Reports on dispensaries and lunatic asylums in the Province of Oudh - 1869-1876
Year: 1869
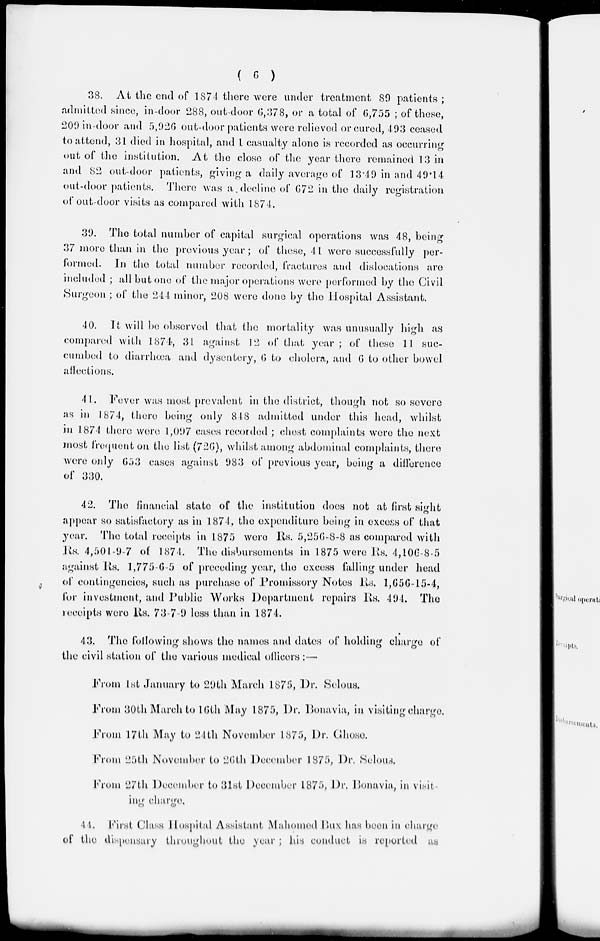
( 6 )
38. At the end of 1874 there were under treatment 89 patients ;
admitted since, in-door 288, out-door 6,378, or a total of 6,755 ; of these,
209 in-door and 5,926 out-door patients were relieved or cured, 493 ceased
to attend, 31 died in hospital, and 1 casualty alone is recorded as occurring
out of the institution. At the close of the year there remained 13 in
and 82 out-door patients, giving a daily average of 13.49 in and 49.14
out-door patients. There was a decline of 672 in the daily registration
of out-door visits as compared with 1874.
39. The total number of capital surgical operations was 48, being
37 more than in the previous year ; of these, 41 were successfully per-
formed. In the total number recorded, fractures and dislocations are
included ; all but one of the major operations were performed by the Civil
Surgeon ; of the 244 minor, 208 were done by the Hospital Assistant.
40. It will be observed that the mortality was unusually high as
compared with 1874, 31 against 12 of that year; of these 41 suc-
cumbed to diarrhœa and dysentery, 6 to cholera, and 6 to other bowel
affections.
41. Fever was most prevalent in the district, though not so severe
as in 1874, there being only 848 admitted under this head, whilst
in 1874 there were 1,097 cases recorded ; chest complaints were the next
most frequent on the list (726), whilst among abdominal complaints, there
were only 653 cases against 983 of previous year, being a difference
of 330.
42. The financial state of the institution does not at first sight
appear so satisfactory as in 1874, the expenditure being in excess of that
year. The total receipts in 1875 were Rs. 5,236-8-8 as compared with
Rs. 4,501-9-7 of 1874. The disbursements in 1875 were Rs. 4,106-8-5
against Rs. 1,775-6-5 of preceding year, the excess falling under head
of contingencies, such as purchase of Promissory Notes Rs. l,656-15-4,
for investment, and Public Works Department repairs Rs. 494. The
receipts were Rs. 73-7-9 less than in 1874.
43. The following shows the names and dates of holding charge of
the civil station of the various medical officers:—
From 1st January to 29th March 1875, Dr. Selous.
From 30th March to 16th May 1875, Dr. Bonavia, in visiting charge.
From 17th May to 24th November 1875, Dr. Chose.
From 25th November to 26th December 1875, Dr. Selous.
From 27th December to 31st December 1875, Dr. Bonavia, in visit
ing charge.
44. First Class Hospital Assistant Mahomed Bux has been in charge
of the dispensary throughout the year ; his conduct is reported as